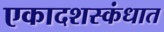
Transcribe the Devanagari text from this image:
एकादशस्‍कंधात